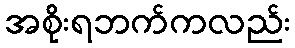
အစိုးရဘက်ကလည်း